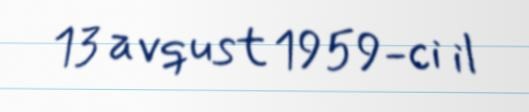
13 avqust 1959-ci il